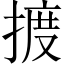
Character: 𢱋